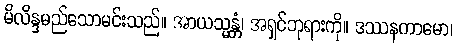
မိလိန္ဒမည်သောမင်းသည်။ အာယသ္မန္တံ၊ အရှင်ဘုရားကို။ ဒဿနကာမော၊